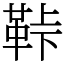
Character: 鞐